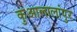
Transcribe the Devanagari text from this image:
कुआलालांपुर